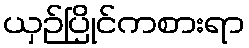
ယှဉ်ပြိုင်ကစားရာ